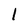
Character: l